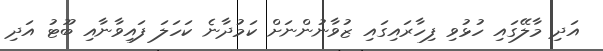
އަދި މާލޭގައި ހުޅުވި ފިހާރައިގައި ޒުވާނުންނަށް ކަމުދާނެ ކަހަލަ ފައިވާނާއި ބޫޓު އަދި